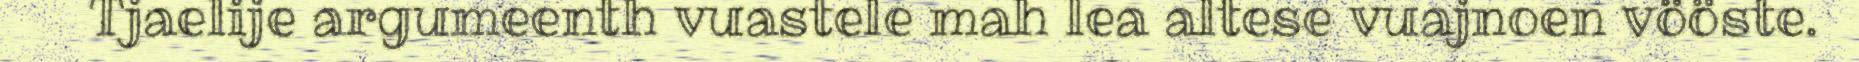
Tjaelije argumeenth vuastele mah lea altese vuajnoen vööste.